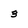
Character: 3